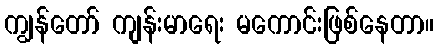
ကျွန်တော် ကျန်းမာရေး မကောင်းဖြစ်နေတာ။